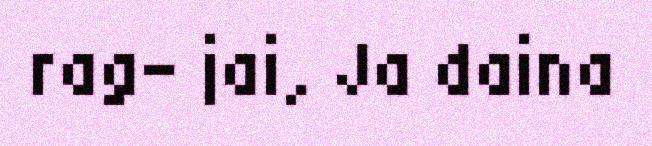
rag- jai, Ja daina